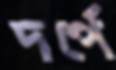
দর্পে